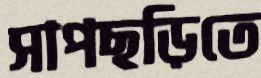
সাপছড়িতে